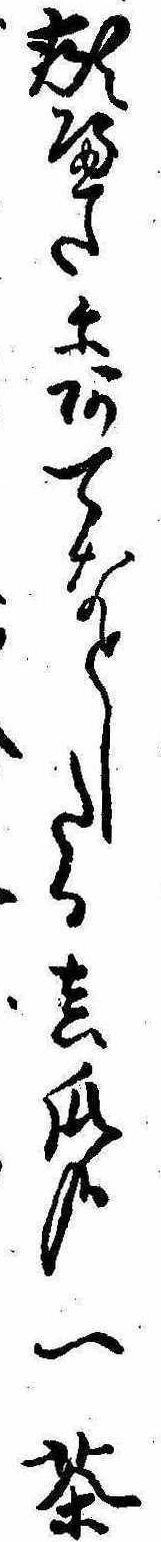
頬へたにあてなとしたる真瓜哉一茶